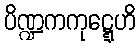
ပိဏ္ဍကကုဋ္ဋေဟိ